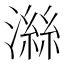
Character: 𪷜